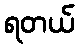
ရတယ်